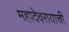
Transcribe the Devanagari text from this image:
महादेवरायाची